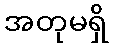
အတုမရှိ